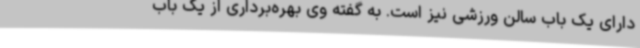
دارای یک باب سالن ورزشی نیز است. به گفته وی بهره‌برداری از یک باب